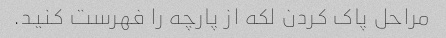
مراحل پاک کردن لکه از پارچه را فهرست کنید.